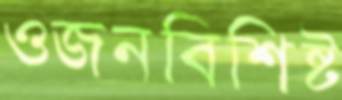
ওজনবিশিষ্ট